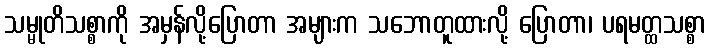
သမ္မုတိသစ္စာကို အမှန်လို့ပြောတာ အများက သဘောတူထားလို့ ပြောတာ၊ ပရမတ္ထသစ္စာ